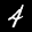
Label: 4